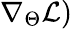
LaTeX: \nabla_{\Theta}\mathcal{L})